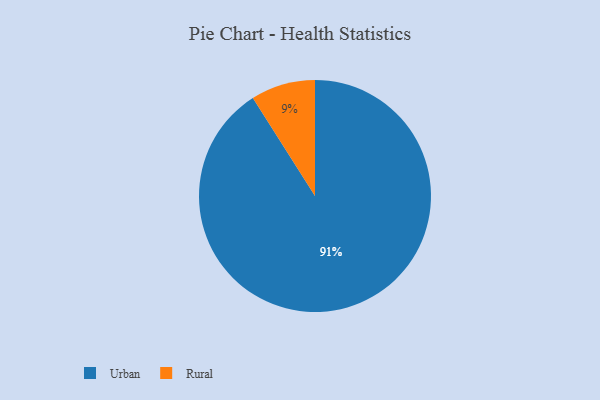
{"axis": {"x": "Category", "y": "Percentage"}, "legend": ["Rural", "Urban"], "data": [{"x": "Urban", "y": 91, "type": "Urban"}, {"x": "Rural", "y": 9, "type": "Rural"}]}